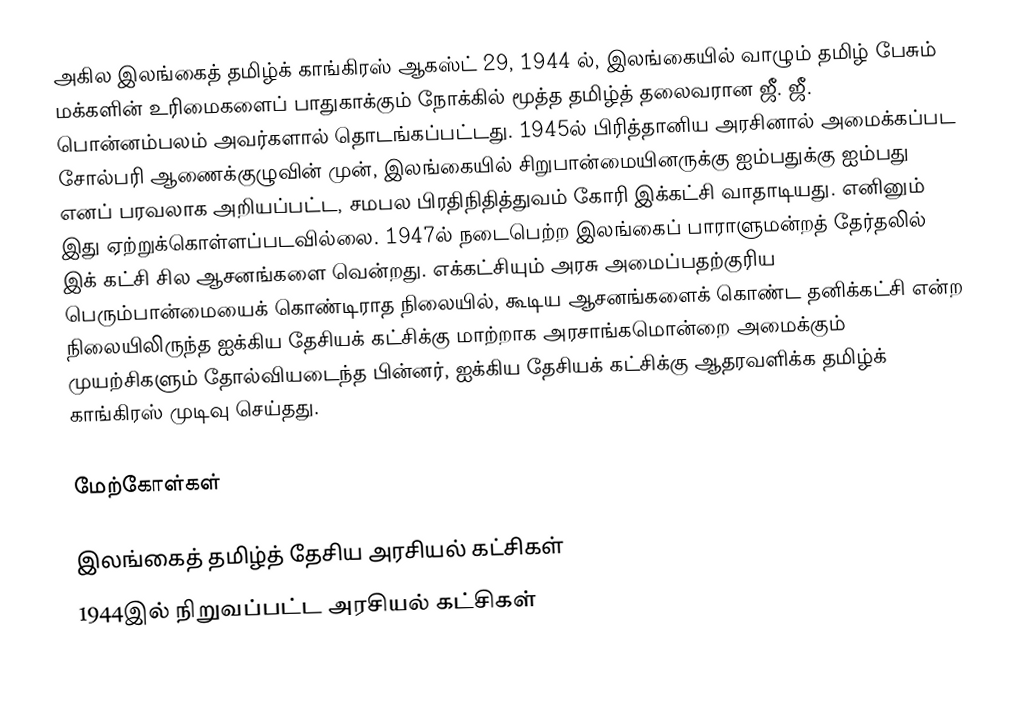
அகில இலங்கைத் தமிழ்க் காங்கிரஸ் ஆகஸ்ட் 29, 1944 ல், இலங்கையில் வாழும் தமிழ் பேசும் மக்களின் உரிமைகளைப் பாதுகாக்கும் நோக்கில் மூத்த தமிழ்த் தலைவரான ஜீ. ஜீ. பொன்னம்பலம் அவர்களால் தொடங்கப்பட்டது. 1945ல் பிரித்தானிய அரசினால் அமைக்கப்பட சோல்பரி ஆணைக்குழுவின் முன், இலங்கையில் சிறுபான்மையினருக்கு ஐம்பதுக்கு ஐம்பது எனப் பரவலாக அறியப்பட்ட, சமபல பிரதிநிதித்துவம் கோரி இக்கட்சி வாதாடியது. எனினும் இது ஏற்றுக்கொள்ளப்படவில்லை. 1947ல் நடைபெற்ற இலங்கைப் பாராளுமன்றத் தேர்தலில் இக் கட்சி சில ஆசனங்களை வென்றது. எக்கட்சியும் அரசு அமைப்பதற்குரிய பெரும்பான்மையைக் கொண்டிராத நிலையில், கூடிய ஆசனங்களைக் கொண்ட தனிக்கட்சி என்ற நிலையிலிருந்த ஐக்கிய தேசியக் கட்சிக்கு மாற்றாக அரசாங்கமொன்றை அமைக்கும் முயற்சிகளும் தோல்வியடைந்த பின்னர், ஐக்கிய தேசியக் கட்சிக்கு ஆதரவளிக்க தமிழ்க் காங்கிரஸ் முடிவு செய்தது.

மேற்கோள்கள்

இலங்கைத் தமிழ்த் தேசிய அரசியல் கட்சிகள்
1944இல் நிறுவப்பட்ட அரசியல் கட்சிகள்